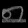
Digit: ၈